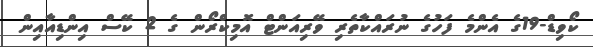
ކޯވިޑް-19ގެ އެންމެ ފަހުގެ ނުރައްކާތެރި ވޭރިއަންޓް އޮމިކްރޯން ގެ 2 ކޭސް އިންޑިއާއިން